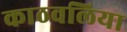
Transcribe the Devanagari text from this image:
काठवलिया